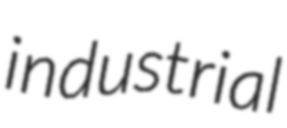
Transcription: industrial